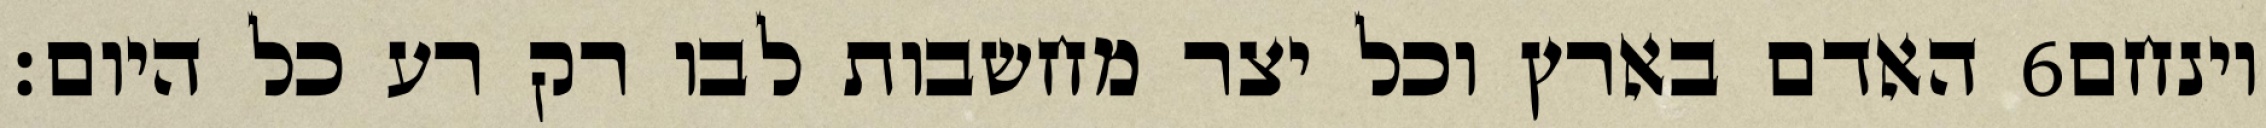
האדם בארץ וכל יצר מחשבות לבו רק רע כל היום׃ ‎6‏ וינחם